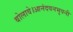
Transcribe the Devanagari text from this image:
बोलावे।आनंदवनभुवनी